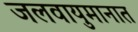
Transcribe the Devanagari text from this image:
जलवायुमानात